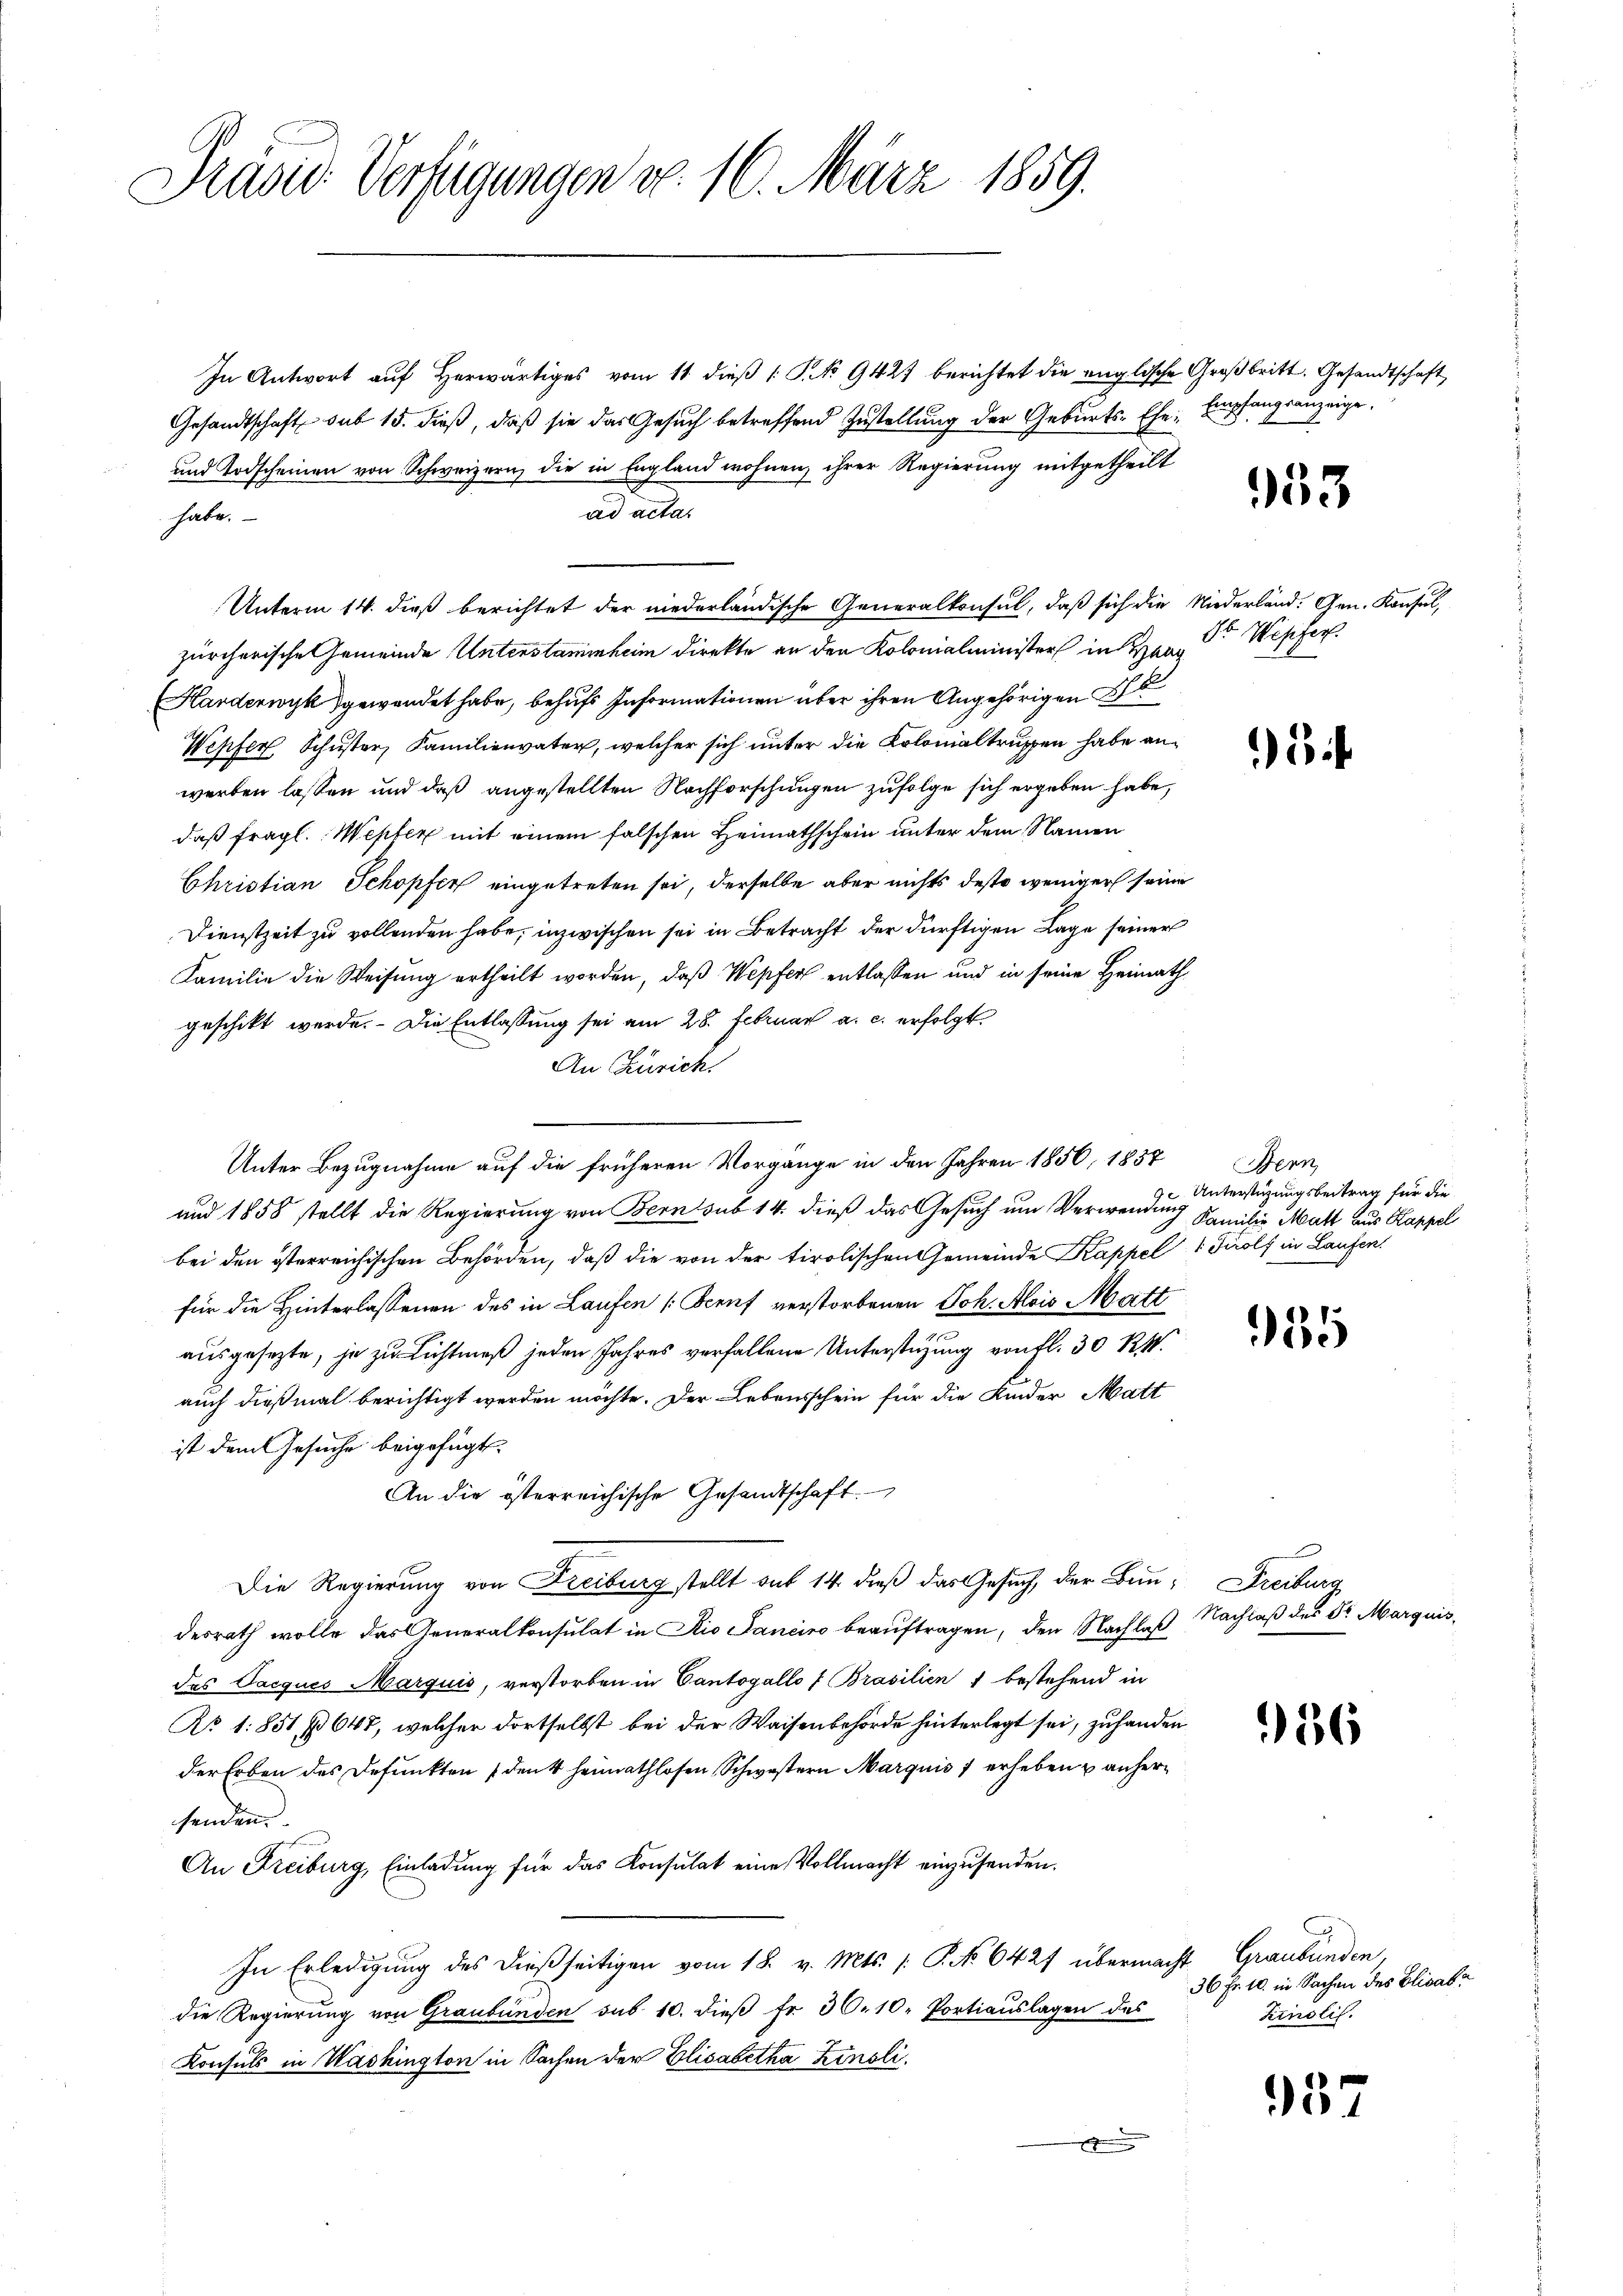
Präsid. Verfügungen v. 16. März 1859.

In Antwort auf Herwärtiges vom 11 dieß P. No 9427 berichtet die englische Großbritt. Gesandtschaft
Gesandtschaft sub 15. dieß, daß sie das Gesuch betreffend Zustellung der Geburts-Ehe: Empfangsanzeige,
und Todscheinen von Schweizern, die in England wohnen, ihrer Regierung mitgetheilt
ad acta.
habe.
Unterm 14. dieß berichtet der niederländische Generalkonsul, daß sich die Niederländ. Gen. Konsul,
zürcherische Gemeinde Unterstammheim direkte an den Kolonialminister in an Sr. Wepfer
Harderwyk gewendet habe, behufs Informationen aber ihren Angehörigen
Wepfer Schuster, Familienvater, welcher sich unter die Kolonialtruppen habe anwerben lassen und daß angestellten Nachforschungen zufolge sich ergeben habe,
daß fragl. Wepfer mit einem falschen Heimathschein unter dem Namen
Christian Schopfer eingetreten sei, derselbe aber nichts desto weniger seine
Dienstzeit zu vollenden habe, inzwischen sei in Betracht der dürftigen Lage seiner
Familie die Weisung ertheilt worden, daß Wepfer entlassen und in seine Heimath
geschikt werde. Die Entlassung sei am 28. Februar a. c. erfolgt
An Zürichs
Unter Bezugnahme auf die früheren Vorgange in den Jahren 1856, 1857
und 1858 stellt die Regierung von Bern sub 14. dieß das Gesuch um Verwendung Familie Matt aus Kappel
bei den österreichischen Behörden, daß die von der tirolischen Gemeinde Kappel 1 Tirols in Laufen.
für die Hinterlassenen des in Laufen [Scenf verstorbenen Joh. Alois Matt
ausgesezte, je zu Lichtmeß jeden Jahres verfallene Unterstüzung von fl. 30 R
auch dießmal berichtigt werden möchte. Der Lebensschein für die Kinder Matt
ist dem Gesuche beigefügt.
An die österreichische Gesandtschaft.
Die Regierung von Freiburg stellt mit 14 dieß das Gesuch, der Bau- Streiburg
desrath wolle das Generalkonsulat in Rio Janeiro beauftragen, den Nachlaß
des Pacques Marquis, verstorben in Cantogallo 1 Brasilien & bestehend in
No. 1851, No 647, welcher dortselbst bei der Waisenbehörde hinterlegt sei, zu handen
der Erben des Defunkten (denk heimathlosen Schwestern Marquis 1 erheben & anhersenden.
An Freiburg, Einladung für das Konsulat eine Vollmacht einzusenden.
In Erledigung des dießseitigen vom 18. v. Mts. /: P. No 6427 übermacht Graubünden,
die Regierung von Graubünden sub. 10. dieβ fr. 30. 10. Portiauslagen des
Konsuls in Washington in Sachen der Elisabetha Zinsli
x

953

5

Bern
Unterstüzungsbeitrag für die

55

Nachlaß des Sr. Marquis,

56

36 Fr. 10. in Sachen des Elisabe
Kinolil.

937